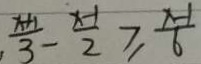
\frac { x + 1 } { 3 } - \frac { x - 1 } { 2 } \geq \frac { x - 1 } { 6 }